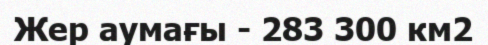
Жер аумағы - 283 300 км2